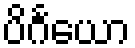
ပိင်္ဂယော